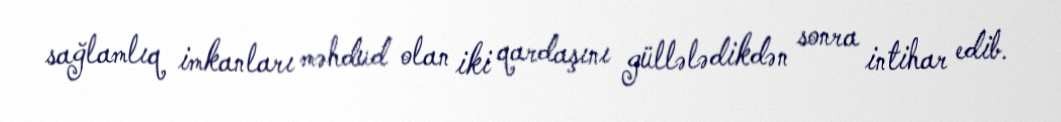
sağlamlıq imkanları məhdud olan iki qardaşını güllələdikdən sonra intihar edib.